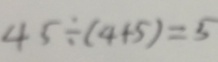
4 5 \div ( 4 + 5 ) = 5